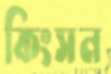
কিংসন